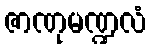
ဇာဏုမဏ္ဍလံ